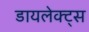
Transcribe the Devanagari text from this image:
डायलेक्ट्स